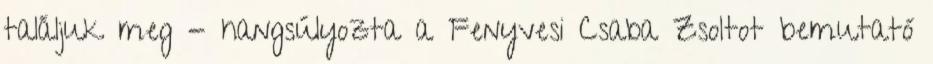
találjuk meg - hangsúlyozta a Fenyvesi Csaba Zsoltot bemutató